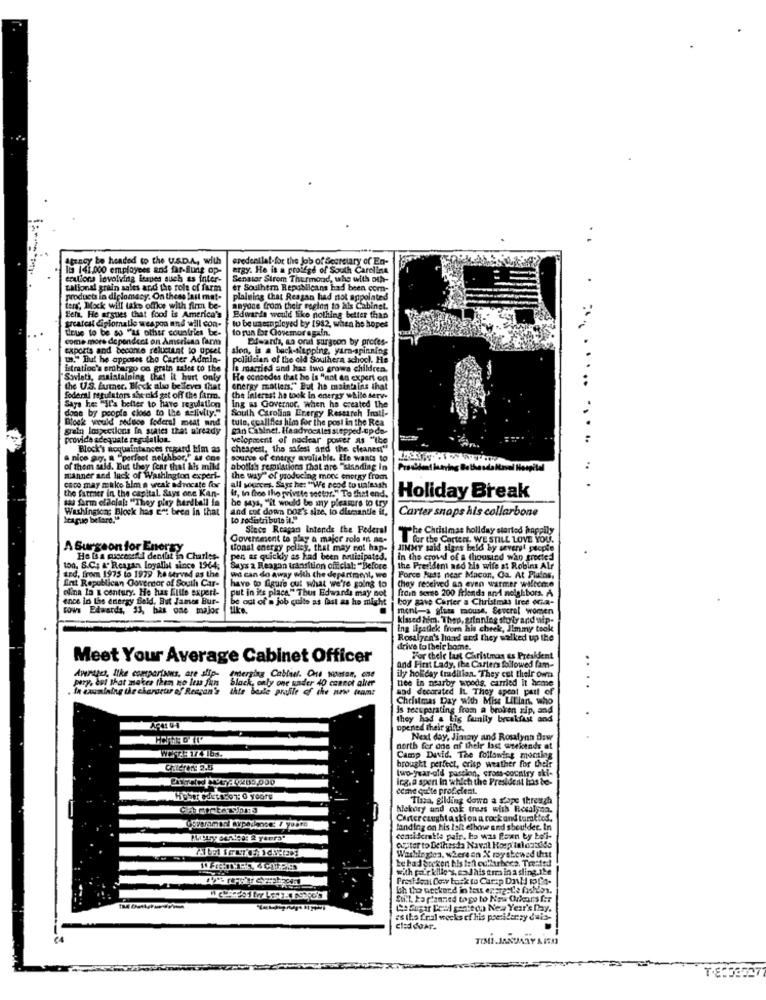
Atracy bo headed to the U.S.D.A ., with
credential-for the job of Secretary of En-
la 141,000 employees and far-flung op-
ergy. He is a proifgd of South Carolina
erulions levolving issues such as inter-
Senator Strom Thurmond, the with oth-
Lational grain sales and the role of farm
er Southtr Republicans had been com-
products in diplomacy. On thess last met-
plaining that Reagan had not appolated
ters, Mock will take offke with firm be-
anyone from their region to his Cabinet.
Beha. He arsties that food is America's
Edwards would like nothing better than
greatest diplomatie weapon and will con-
tique to be so "as other countries be-
to be unemployed by 1982, when he hopes
to run for Govemor again.
come more dependect on Amsrissa farm
Dieards, an oral surgeon by profes-
exports and beconte reluctant to upset
sion, is a bach-sitpping, yarn-spinning
"." But he apposes tha Carter Admin-
politician of the old Southern school. He
...
istration's erdbargo on grain talte to the
le married and has two grows children.
"Sovieth, maintaining that it hurt only
He concodes that he is "not an expert on
the U.S. Eurer. Bock also be leves that
energy matiers,"But he maintains that
federal regulators she did get off the farm.
the Interest he took in energy while serve
Says he: "It's better to have regulation
done by people close to the a-livity."
South Carolina Energy Research Inati-
Ing as Governor, when he created the
.. ..
Block would reduce federal meat and
tulo, suallfiles him for the post in the Rea
grain lospections In states that already
man Cabinet. Haadvocates stepped-up-do-
provide adequate regulation.
velopment of nuclear power as "the
Block's woquintances regard kim as
cheapest, the safest and the cleaner"
a nice guy. R "perfect neighbor," as one
source of energy avaliable. He wants to
of them sald. But they fear that his mild
abolish regulations that are "standing in
manner and lack of Washington experi-
the way" of yroducing more energy from
caco may miko bim a weak advocate for
the farmer in the capital. Says one Kan-
all sources. Says he: "We neod to unleash
It, in free tho private sector." Te thet end.
sal Arm oficial: "They play hardball ia
be says, "it would be my pleasure to try
Holiday Break
Washington: Block has En: bren in that
and cut down DOE's size, lo dlumantle il,
Itaguo belard."
to rodiatributo il."
Carter snaps his collarbone
Since Reagan Intends the Federal
"The Christmas hollday started happily
Government to play a major role in an-
for the Carters, WE STILL LOVE YOU.
A Surgeon for Energy
Monat energy polley, that may not hap.
JIMMY said signs beld by severgt people
Ho La quecenefil denibit in Charles-
pen as quickly as had been nouisipated.
in the crowd of a thousand who greeted
to0, S.C. &" Reagan loyallal since 1964;
Says a Reagan transition official: "Before
the President and his wife at Robins Alr
ind. from 1975 to 1979 he served as the
fint Republican Governor of South Car-
wi can do away with the department, we
Force Huds near Macon, Oa. At Platos.
Chay received an even warmer welcome
put in its place" Thus Edwards may not
have to figure out what we're going to
frein serne 200 friends and neighbors. A
ence in the energy field, But Jamos Bur-
olina In a century. He has Ellle expert-
be out of a job quito as fast as ho might
boy gave Carter a Christmas irce oGa-
cows Edwards, 33, has one major
tilke.
ment-a glass mouse, Several women
kissed him. Thep, grinning stoly and uip-
Ing Lipstick from his cheek, Jimmy took
Rosalyen's hand and they walked up the
drive to their bome.
Meet Your Average Cabinet Officer
For their last Christmas as President
and First Lady, the Carters followed fam-
ily holiday tradition. They cut their own
Averages, Itke comparisons, are allp- emerging Cableel. Che wonton, one
Avenues, like comportons, are dip-
Emerging Cableel. One woman, one
nee in nearby woods, carried It home
In examining the character of Reagan's
pary. but that makes them ko leas Jun black, only one under 40 cannot alter
este proffe of che new team:
and decorated IL They apeal part of
....
Christmas Day with Miss Lillian, who
is rees porating from a broken zip, and
they had a big family breakfast and
.
opened Their gilts.
Next day, Jimary and Rosalynn Dow
north for one of their last weekends at
Camp David. The following momlag
brought perfect, crisp weather for their
two-year-old paselon, cross-country aki-
Ing.a spent in which the President has be-
ccie quite prof.clent.
Cipher #det con: 0 yoore
Thisa, gilding down a slope through
hlekory and oak trees with Resalydn.
Cinteresugbtaskion a rock and tomtted.
landing on his talt elbour and shoulder. In
considerable pair. ka was fon ty boi-
outer to Dethesda Naval Hospitaloutside
Washington, where an X rayskewed that
be bad socken his left cul trbecs. Treated
with pair kille s, el his trm in a sling.the
Ch tho weekend in test erergste fish!os.
Eu.l. ka planned togo to New Orkarsfer
( Sugar Could senttoa New Year's Day.
as the fral wocks of his presidency dais-
clad doar.
TE:38527